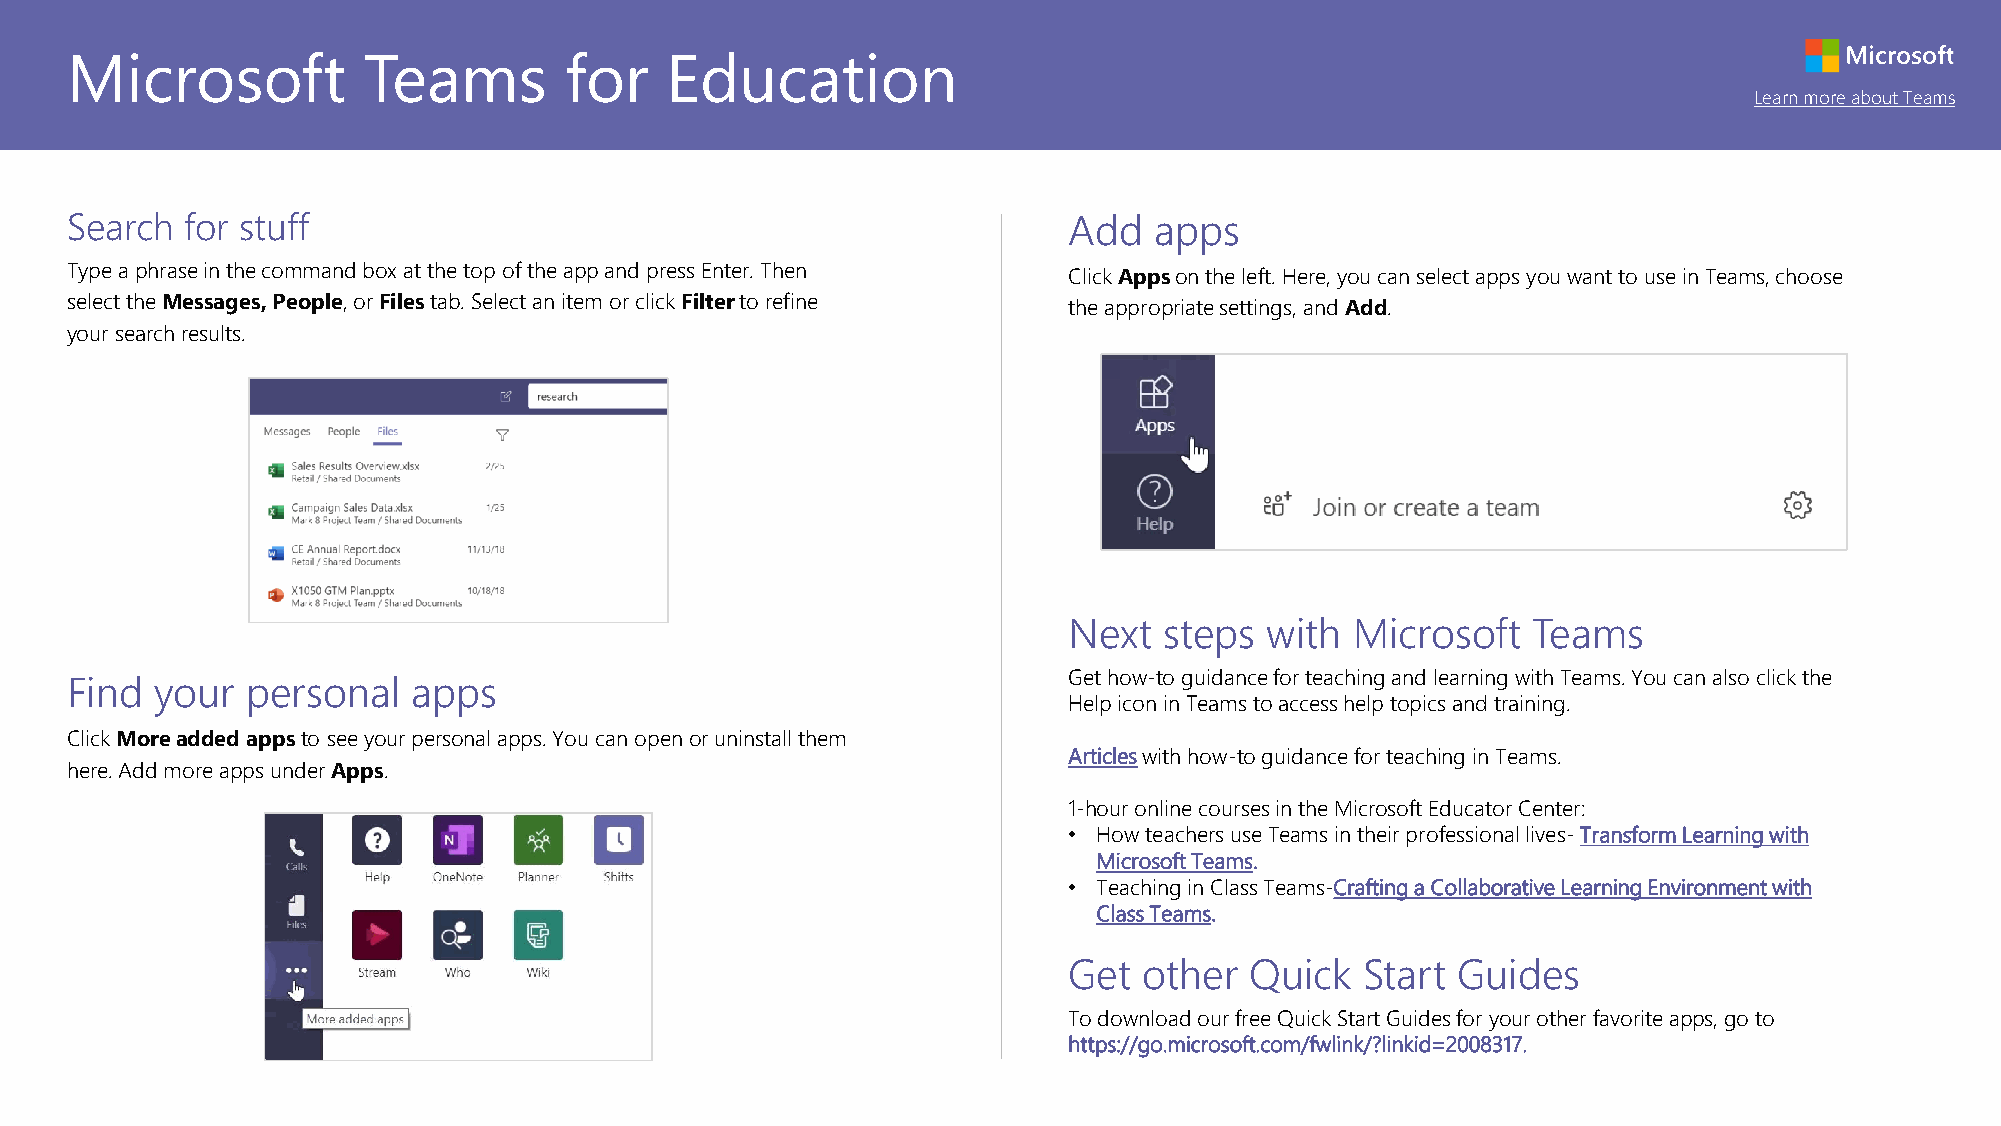
Microsoft           Teams        for    Education
 Learn more about Teams
 Search  for stuff                                                  Add  apps
 Type a phrase in the command box at the top of the app and press Enter. Then Click Appson the left. Here, you can select apps you want to use in Teams, choose
 select the Messages, People, or Filestab. Select an item or click Filterto refine the appropriate settings, and Add.
 your search results.
 Next  steps  with  Microsoft  Teams
 Get how-to guidance for teaching and learning with Teams. You can also click the
 Find  your  personal   apps
 Help icon in Teams to access help topics and training.
 Click More added apps to see your personal apps. You can open or uninstall them
 Articleswith how-to guidance for teaching in Teams.
 here. Add more apps under Apps.
 1-hour online courses in the Microsoft Educator Center:
 • How teachers use Teams in their professional lives-Transform Learning with
 Microsoft Teams.
 • Teaching in Class Teams-Crafting a Collaborative Learning Environment with
 Class Teams.
 Get  other  Quick  Start Guides
 To download our free Quick Start Guides for your other favorite apps, go to
 https://go.microsoft.com/fwlink/?linkid=2008317.